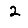
Digit: 2